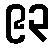
၉၃